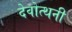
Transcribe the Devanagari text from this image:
देवोत्थनी